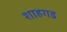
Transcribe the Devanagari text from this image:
शाहगड